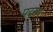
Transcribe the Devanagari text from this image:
पदरथ